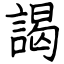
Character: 謁